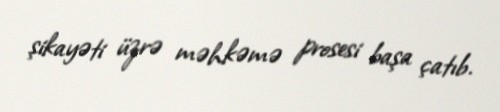
şikayəti üzrə məhkəmə prosesi başa çatıb.